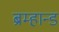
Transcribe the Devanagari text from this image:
ब्रम्हान्ड